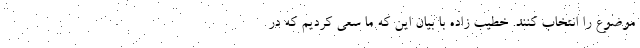
موضوع را انتخاب کنند. خطیب زاده با بیان این که ما سعی کردیم که در